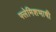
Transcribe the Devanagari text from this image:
फ्लेमिशभाषी